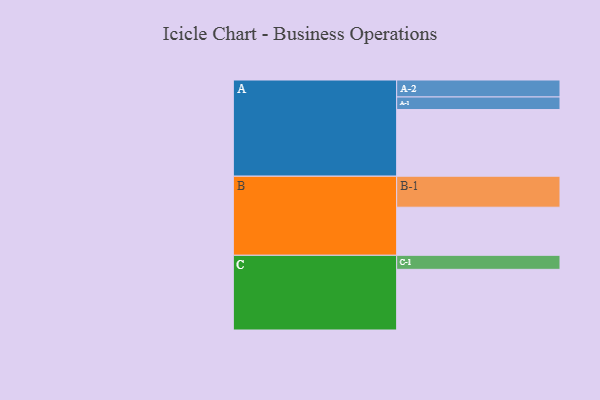
{"axis": {"x": "Segment", "y": "Value"}, "legend": ["", "A", "B", "C"], "data": [{"x": "A", "y": 499, "type": ""}, {"x": "B", "y": 360, "type": ""}, {"x": "C", "y": 454, "type": ""}, {"x": "A-1", "y": 94, "type": "A"}, {"x": "A-2", "y": 127, "type": "A"}, {"x": "B-1", "y": 232, "type": "B"}, {"x": "C-1", "y": 105, "type": "C"}]}